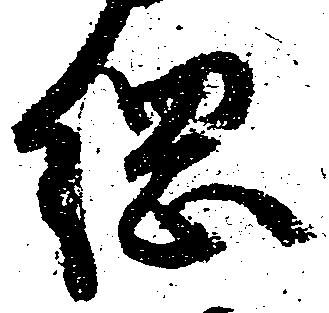
綱